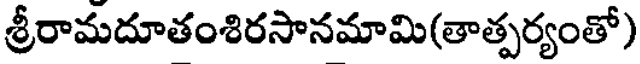
శ్రీరామదూతంశిరసానమామి(తాత్పర్యంతో)